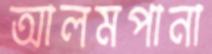
আলমপানা